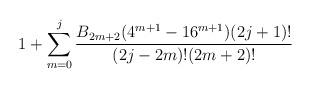
LaTeX: \begin{align*}1 + \sum _{m=0}^j \frac{B_{2 m+2}(4^{m+1}-16^{m+1}) (2 j+1)!}{(2 j-2 m)!(2 m+2)!}\end{align*}